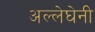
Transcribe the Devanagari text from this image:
अल्लेघेनी